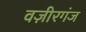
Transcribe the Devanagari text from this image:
वज़ीरगंज